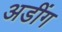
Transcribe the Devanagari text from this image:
अडींग